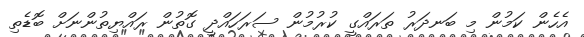
އެހެން ކަމުން މިި ބަނދަރު ތަރައްގީ ކުރުުމުން ސަރަހައްދީ ގޮތުން ރައްޔިތުންނަށް ބޮޑެތި